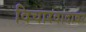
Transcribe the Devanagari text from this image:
विचारवादावर